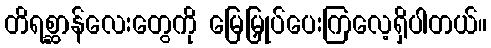
တိရစ္ဆာန်လေးတွေကို မြေမြှုပ်ပေးကြလေ့ရှိပါတယ်။